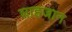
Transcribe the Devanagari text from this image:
शाहजान